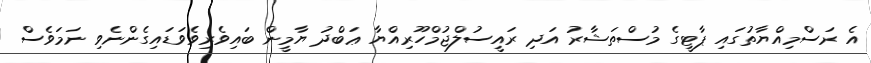
އެ ރަސްމިއްޔާތުގައި ޕާޓީގެ މުސްތަޝާރު އަދި ރައީސުލްޖުމްހޫރިއްޔާ ޢަބްދު ޔާމީން ބައިވެރިވެވަޑައިގެންނެވި ނަމަވެސް